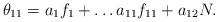
LaTeX: \begin{align*}\theta_{11}=a_1f_1+ \ldots a_{11}f_{11}+a_{12}N.\end{align*}